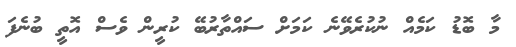
މާ ބޮޑު ކަމެއް ނުކުރެވޭނެ ކަމަށް ސައްތާރުބޭ ކުރީން ވެސް އޮތީ ބުނެފަ